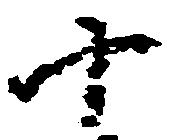
十